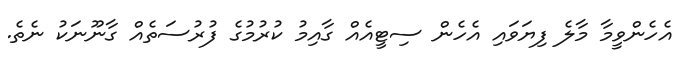
އެހެންވީމާ މާލެ ފިޔަވައި އެހެން ސިޓީއެއް ގާއިމު ކުރުމުގެ ފުރުސަތެއް ގާނޫނަކު ނެތެ.